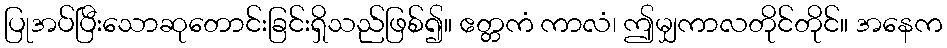
ပြုအပ်ပြီးသောဆုတောင်းခြင်းရှိသည်ဖြစ်၍။ ဧတ္တကံ ကာလံ၊ ဤမျှကာလတိုင်တိုင်။ အနေက